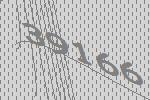
39166